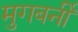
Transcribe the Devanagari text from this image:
मुगबर्नी